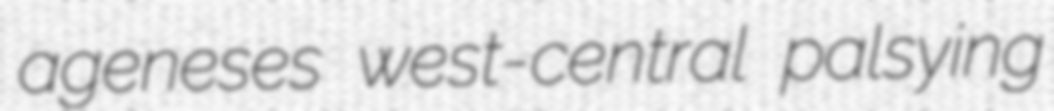
ageneses west-central palsying